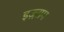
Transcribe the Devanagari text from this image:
इज़्ज़ाम